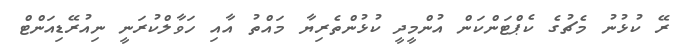
ރޭ ކުޅުނު މެޗުގެ ކެޕްޓަންކަން އުންމީދީ ކުޅުންތެރިޔާ މައްތު އާއި ހަވާލްކުރަނީ ނިއުރޭޑިއަންޓް